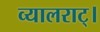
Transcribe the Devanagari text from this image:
व्यालराट्।